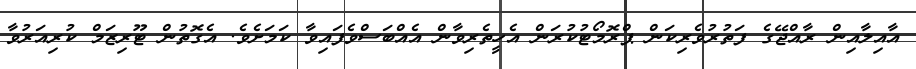
އާއިލާއިން ރާއްޖޭގެ ފަތުރުވެރިކަން ޕްރޮމޯޓުކުރަން އެހީތެރިވާން އެއްބަސްވެފައިވާ ކަމަށެވެ. އެގޮތުން ޓޫރިޒަމް ކުރިއަރުވާ